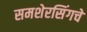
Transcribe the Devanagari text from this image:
समशेरसिंगचे